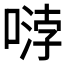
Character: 𱓿